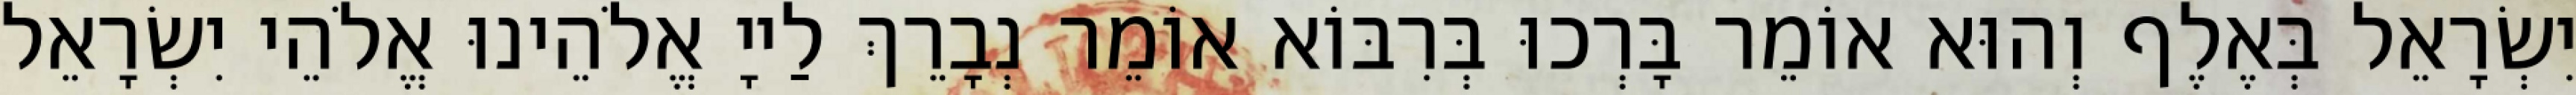
יִשְׂרָאֵל בְּאֶלֶף וְהוּא אוֹמֵר בָּרְכוּ בְּרִבּוֹא אוֹמֵר נְבָרֵךְ לַייָ אֱלֹהֵינוּ אֱלֹהֵי יִשְׂרָאֵל